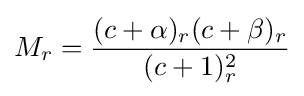
M_{r}={\frac {(c+\alpha )_{r}(c+\beta )_{r}}{(c+1)_{r}^{2}}}